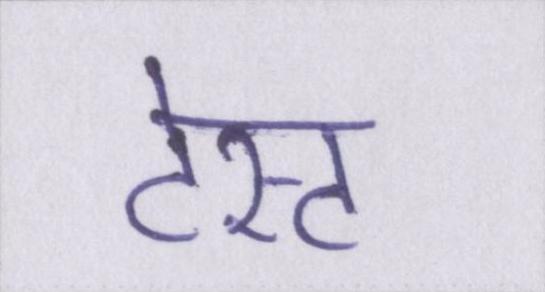
टेस्ट